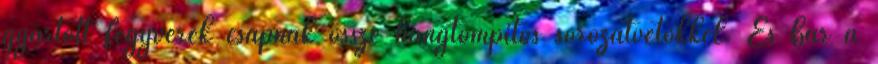
gyártott fegyverek csapnak össze hangtompítós sorozatvetőkkel. És bár a